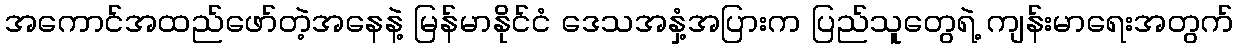
အကောင်အထည်ဖော်တဲ့အနေနဲ့ မြန်မာနိုင်ငံ ဒေသအနှံ့အပြားက ပြည်သူတွေရဲ့ ကျန်းမာရေးအတွက်